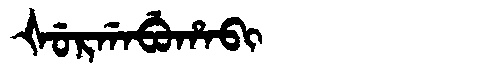
Manchu: ᡧᡠᡵᡤᠠᠪᡠᡥᠠᠪᡳ
Romanization: ŠURGABUHABI